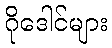
ဂိုဒေါင်များ